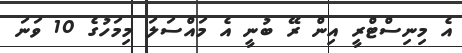
އެ މިނިސްޓްރީ އިން ރޭ ބުނީ އެ މައްސަލަ މިމަހުގެ 10 ވަނަ